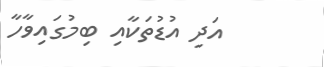
އަދި އުޑުތަކާއި ބިމުގައިވާހާ